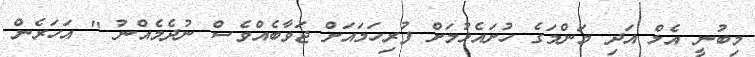
މިބުނީ އެލް އަދި މަންމަގެ ހުށައެޅުމަށް ފުރިހަމައަށް ޖަވާބެއްވެސް ނުދެމެއްނު " އަހަރެން